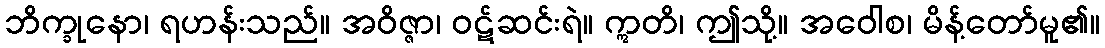
ဘိက္ခုနော၊ ရဟန်းသည်။ အဝိဇ္ဇာ၊ ဝဋ်ဆင်းရဲ။ ဣတိ၊ ဤသို့။ အဝေါစ၊ မိန့်တော်မူ၏။